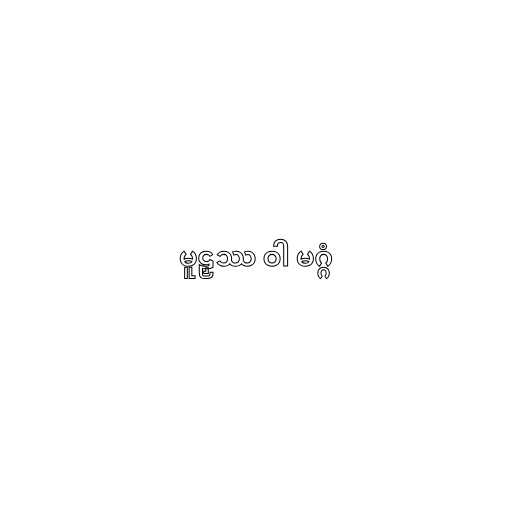
မူဠှဿ ဝါ မဂ္ဂံ